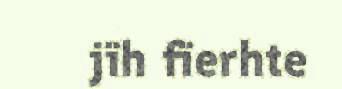
jïh fïerhte